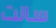
سانت